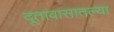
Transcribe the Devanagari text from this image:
दूतावासातल्या